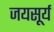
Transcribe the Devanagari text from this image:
जयसूर्य